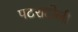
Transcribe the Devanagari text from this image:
पटराटोली